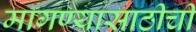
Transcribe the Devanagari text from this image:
मागण्यासाठीची